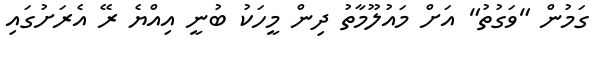
ގަމުން "ވަގުތު" އަށް މައުލޫމާތު ދިން މީހަކު ބުނީ އިއްޔެ ރޭ އެރަށުގައި